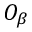
O _ { \beta }